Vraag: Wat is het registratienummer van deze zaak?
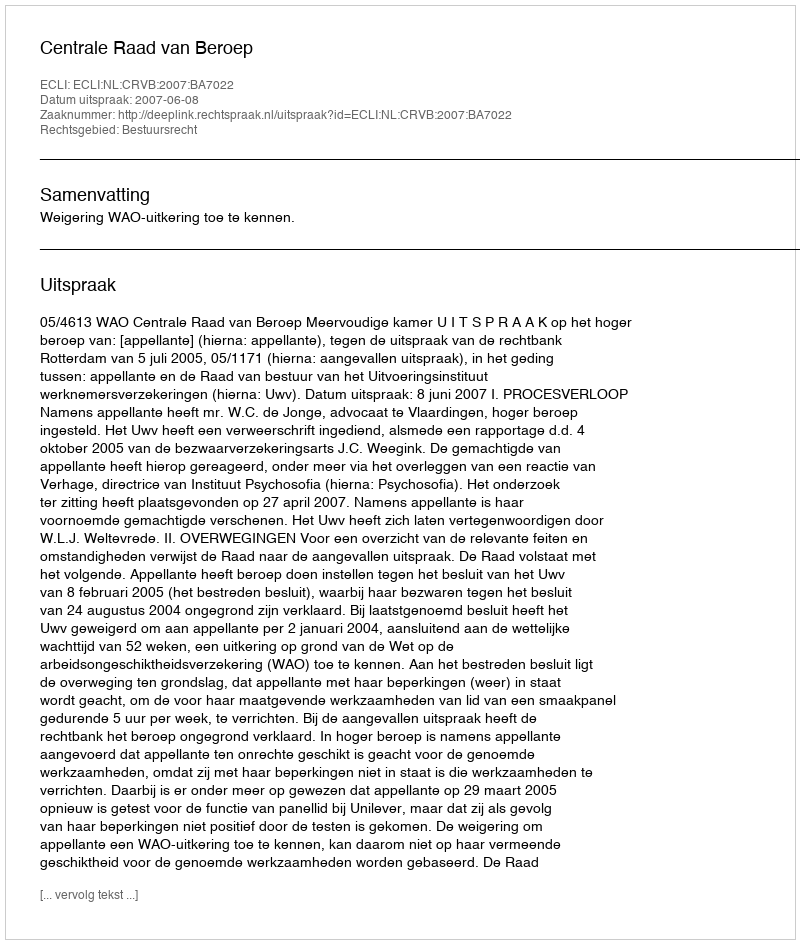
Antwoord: http://deeplink.rechtspraak.nl/uitspraak?id=ECLI:NL:CRVB:2007:BA7022